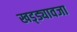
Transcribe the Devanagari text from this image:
खड्ड्यावजा